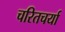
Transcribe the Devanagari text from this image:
चरितचर्या